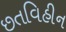
છતવિહીન